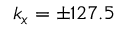
k _ { x } = \pm 1 2 7 . 5